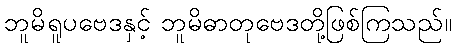
ဘူမိရူပဗေဒနှင့် ဘူမိဓာတုဗေဒတို့ဖြစ်ကြသည်။